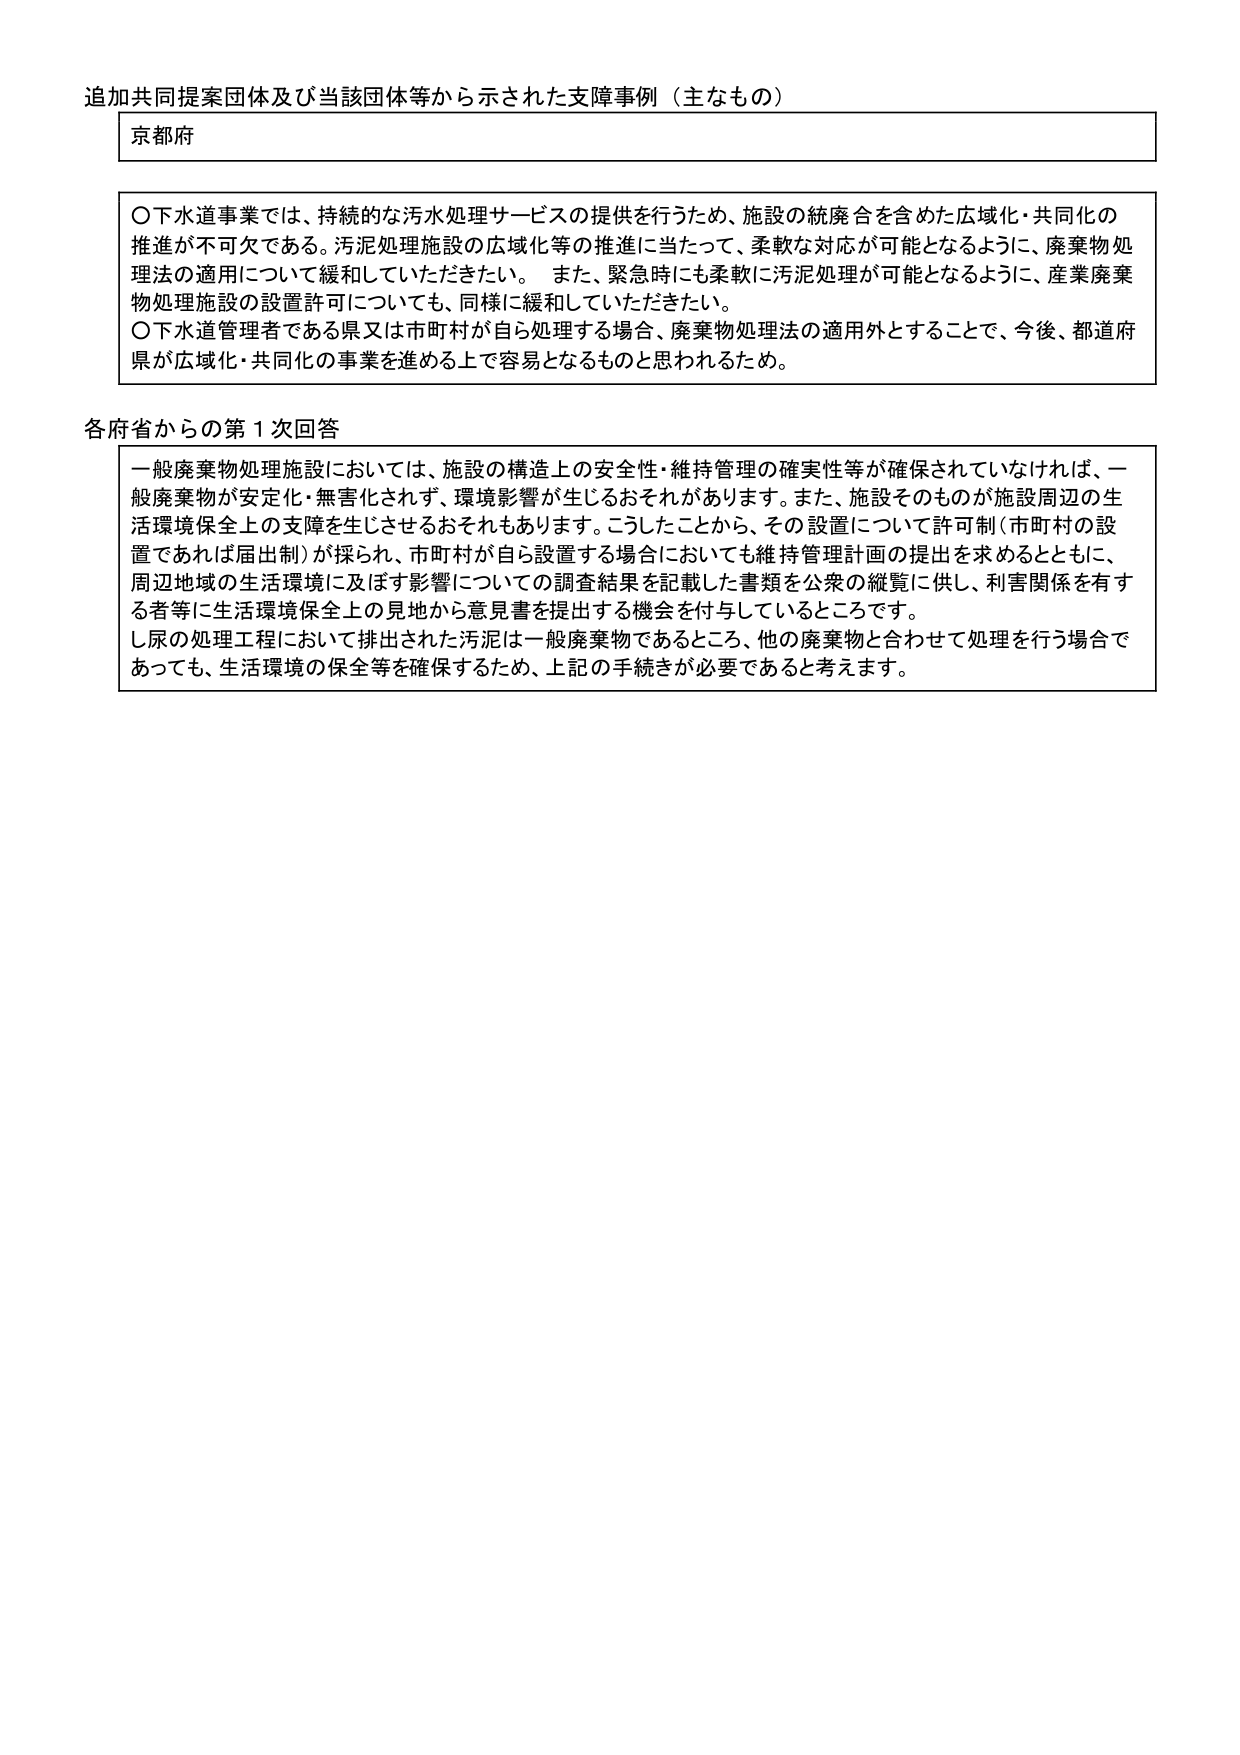
追加共同提案団体及び当該団体等から示された支障事例（主なもの）

京都府

〇下水道事業では、持続的な汚水処理サービスの提供を行うため、施設の統廃合を含めた広域化・共同化の推進が不可欠である。汚泥処理施設の広域化等の推進に当たって、柔軟な対応が可能となるように、廃棄物処理法の適用について緩和していただきたい。また、緊急時にも柔軟に汚泥処理が可能となるように、産業廃棄物処理施設の設置許可についても、同様に緩和していただきたい。
〇下水道管理者である県又は市町村が自ら処理する場合、廃棄物処理法の適用外とすることで、今後、都道府県が広域化・共同化の事業を進める上で容易となるものと思われるため。

各府省からの第1次回答

一般廃棄物処理施設においては、施設の構造上の安全性・維持管理の確実性等が確保されていなければ、一般廃棄物が安定化・無害化されず、環境影響が生じるおそれがあります。また、施設そのものが施設周辺の生活環境保全上の支障を生じさせるおそれもあります。こうしたことから、その設置について許可制（市町村の設置であれば届出制）が採られ、市町村が自ら設置する場合においても維持管理計画の提出を求めるとともに、周辺地域の生活環境に及ぼす影響についての調査結果を記載した書類を公衆の縦覧に供し、利害関係を有する者等に生活環境保全上の見地から意見書を提出する機会を付与しているところです。
し尿の処理工程において排出された汚泥は一般廃棄物であるところ、他の廃棄物と合わせて処理を行う場合であっても、生活環境の保全等を確保するため、上記の手続きが必要であると考えます。